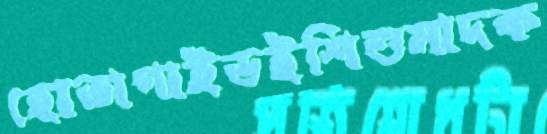
হোতাগাইডইশিশুমাদক